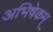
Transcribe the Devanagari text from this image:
अभिषेकम्